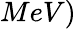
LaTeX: MeV)